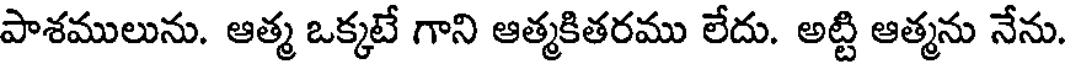
పాశములును. ఆత్మ ఒక్కటే గాని ఆత్మకితరము లేదు. అట్టి ఆత్మను నేను.